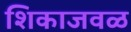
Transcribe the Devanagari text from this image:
शिकाजवळ